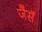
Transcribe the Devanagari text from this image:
जैसॅ